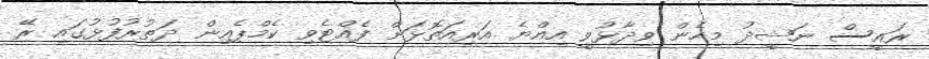
ރައީސް ނަޝީދު މިހެން ވިދާޅުވީ އިއްޔެ އަރިއަތޮޅަށް ފެއްޓެވި ކެމްޕެއިން ދަތުރުފުޅުގައި ރޭ